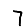
Digit: 7